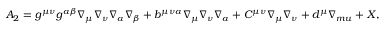
A _ { 2 } = g ^ { \mu \nu } g ^ { \alpha \beta } \nabla _ { \mu } \nabla _ { \nu } \nabla _ { \alpha } \nabla _ { \beta } + b ^ { \mu \nu \alpha } \nabla _ { \mu } \nabla _ { \nu } \nabla _ { \alpha } + C ^ { \mu \nu } \nabla _ { \mu } \nabla _ { \nu } + d ^ { \mu } \nabla _ { m u } + X ,